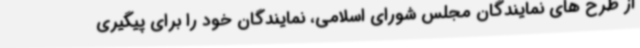
از طرح های نمایندگان مجلس شورای اسلامی، نمایندگان خود را برای پیگیری